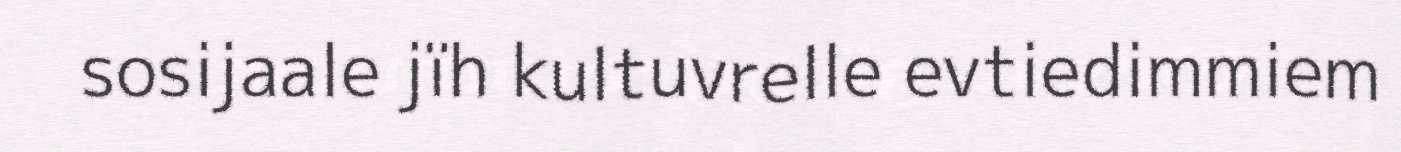
sosijaale jïh kultuvrelle evtiedimmiem